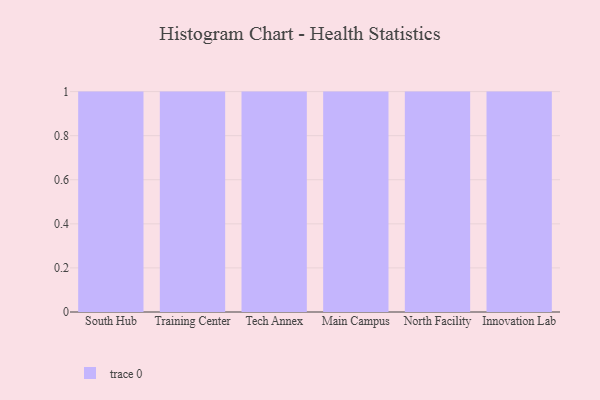
{"axis": {"x": "Campus", "y": "LTV (USD)"}, "legend": [""], "data": [{"x": "South Hub", "y": 35, "type": ""}, {"x": "Training Center", "y": 50, "type": ""}, {"x": "Tech Annex", "y": 85, "type": ""}, {"x": "Main Campus", "y": 3, "type": ""}, {"x": "North Facility", "y": 71, "type": ""}, {"x": "Innovation Lab", "y": 61, "type": ""}]}